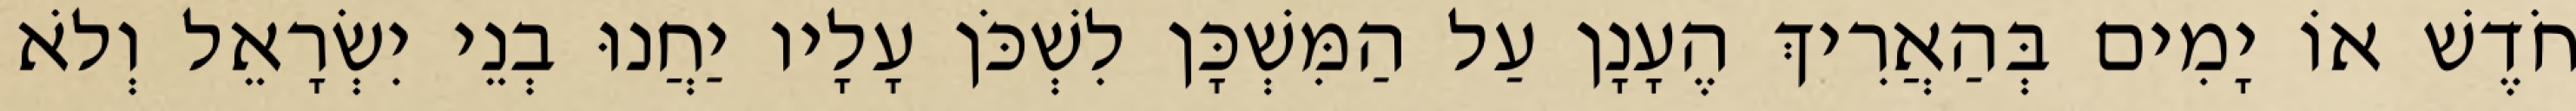
חֹדֶשׁ אוֹ יָמִים בְּהַאֲרִיךְ הֶעָנָן עַל הַמִּשְׁכָּן לִשְׁכֹּן עָלָיו יַחֲנוּ בְנֵי יִשְׂרָאֵל וְלֹא